Medical and sanitary report of the native army of Bengal for the year
Year: 1877
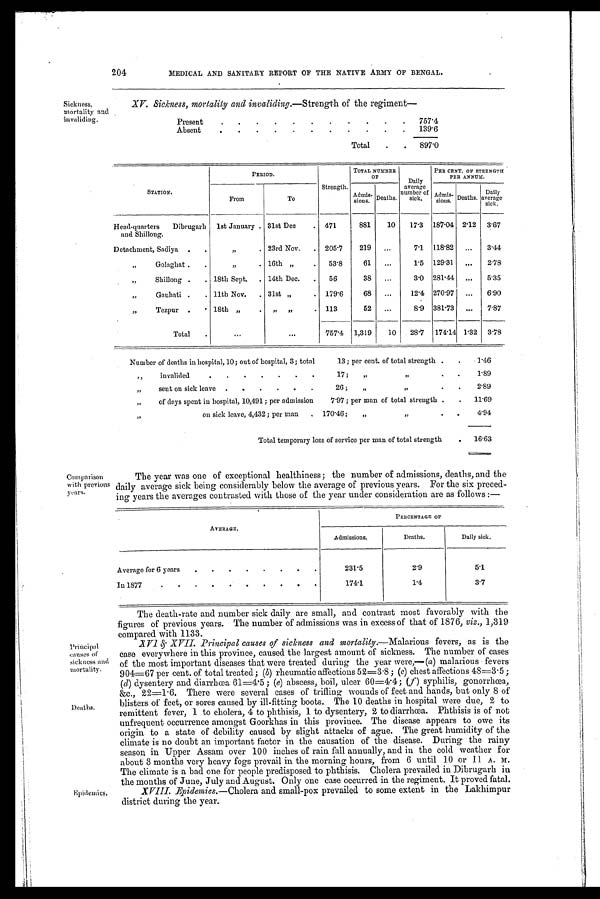
204
MEDICAL AND SANITARY REPORT OF THE NATIVE ARMY OF BENGAL.
Sickness,
mortality and
invaliding.
XV. Sickness, mortality and invaliding .—Strength of the regiment—
Present
.
.
.
.
.
.
.
.
.
.
.
757.4
Absent
.
.
.
.
.
.
.
.
.
.
.
139.6
Total
.
.
897.0
STATION.
PERIOD.
Strength.
TOTAL NUMBER
OF
Daily
average
of
sick.
PER CENT. OF STRENGTH
PER ANNUM.
From
To
Admis-
sions. Deaths.
Admis-
sions. Deaths.
Daily
average
sick.
Head-quarters
Dibrugarh
and Shillong.
1st January . 31st Dec
. 471
881
10
17.3
187.04 2.12
3.67
Detachment, Sadiya
.
.
"
.
23rd Nov.
. 205.7
219
...
7.1
118.82
. . .
3.44
Golaghat .
.
"
.
16th „
.
53.8
61
. . .
1.5
129.31
...
2.78
„
Shillong .
. 18th Sept.
. 14th Dec.
.
56
38
...
3.0 281.44
...
5.35
Gauhati .
. 11th Nov.
. 31st „
.
179.6
68
...
12.4 270.97
. . .
6.90
„
Tezpur .
. 18th „
.
„
„
. 113
52
. . .
8.9 381.73
...
7.87
Total
.
...
...
757.4
1,319
10
28.7
174.14 1.32
3.78
Number of deaths in hospital, 10; out of hospital, 3; total
13; per cent. of total strength .
.
1.46
invalided
.
.
.
.
.
.
.
17 ;
"
"
•
.
1.89
„
sent on sick leave
.
.
.
.
.
.
26 ;
„
„
.
.
2.89
"
of days spent in hospital, 10,491 ; per admission
7.97 ; per man of total strength .
.
11.69
"
on sick leave, 4,432; per man
.
170.46;
„
„
.
.
4.94
Total temporary loss of service per man of total strength
.
16.63
Comparison
with previous
years.
The year was one of exceptional healthiness; the number of admissions, deaths, and the
daily average sick being considerably below the average of previous years. For the six preced-
ing years the averages contrasted with those of the year under consideration are as follows :—
AVERAGE.
PERCENTAGE OF
Admissions.
Deaths.
Daily sick.
Average for 6 years
.
.
.
.
.
.
.
.
231.5
2.9
5.1
In 1877
.
.
.
.
.
.
.
.
.
.
174.1
1.4
3.7
Principal
causes of
sickness and
mortality.
Deaths.
Epidemics,
The death-rate and number sick daily are small, and contrast most favorably with the
figures of previous years. The number of admissions was in excess of that of 1876, viz., 1,319
compared with 1133.
XVI&X V I I . P r i n c i p a l c a u s e s o f s i c k n e s s a n d m o r t a l i t y.
— M a l a r i o u s f e v e r s , a s i s t h e
case everywhere in this province, caused the largest amount of sickness. The number of cases
of the most important diseases that were treated during the year were,—( a) malarious fevers
904=67 per cent. of total treated; ( b) rheumatic affections 52=3.8 ; ( c) chest affections 48=3.5 ;
(d) dysentery and diarrhœa 61=4.5 ; ( e) abscess, boil, ulcer 60=4 .4 ; (f) syphilis, gonorrhœa,
&c., 22=1.6. There were several cases of trifling wounds of feet and hands, only 8 of
blisters of feet, or sores caused by ill-fitting boots. The 10 deaths in hospital were due, 2 to
remittent fever, 1 to cholera, 4 to phthisis, 1 to dysentery, 2 to diarrhœa. Phthisis is of not
unfrequent occurrence amongst Goorkhas in this province. The disease appears to owe its
origin to a state of debility caused by slight attacks of ague. The great humidity of the
climate is no doubt an important factor in the causation of the disease. During the rainy
season in Upper Assam over 100 inches of rain fall annually, and in the cold weather for
about 3 months very heavy fogs prevail in the morning hours, from 6 until 10 or 11 A . M.
The climate is a bad one for people predisposed to phthisis. Cholera prevailed in Dibrugarh in
the months of June, July and August. Only one case occurred in the regiment. It proved fatal.
XVIII. Epidemics.—Cholera and small-pox prevailed to some extent in the Lakhimpur
district during the year.